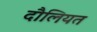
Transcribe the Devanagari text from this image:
दौलियत